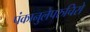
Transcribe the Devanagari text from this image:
पंकानुलेपरुचिरो